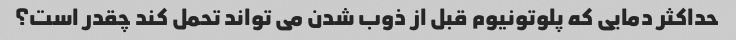
حداکثر دمایی که پلوتونیوم قبل از ذوب شدن می تواند تحمل کند چقدر است؟